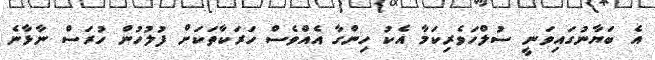
އެ ބަޔާނުގައިވަނީ ސުލްހަވެރިކަމާ އެކު ހިންގާ އެއްވެސް ހަރަކާތަކަށް ފުލުހުން ހުރަސް ނާޅާނެ